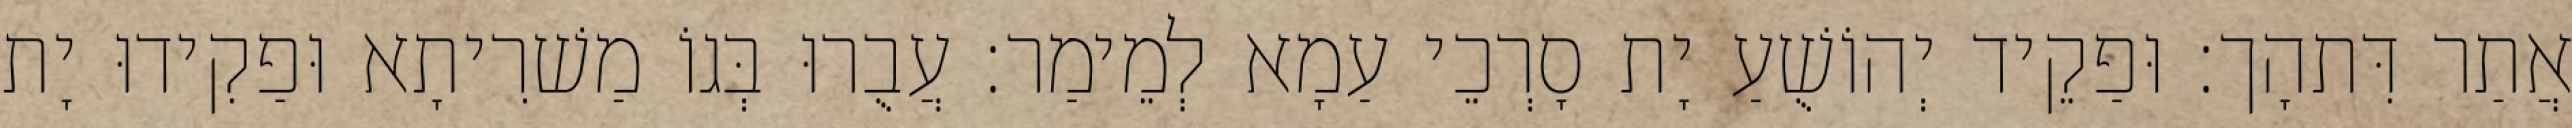
אֲתַר דִּתהָך׃ וּפַקֵיד יְהוֹשֻׁעַ יָת סָרְכֵי עַמָא לְמֵימַר׃ עֲבֻרוּ בְּגוֹ מַשׁרִיתָא וּפַקִידוּ יָת